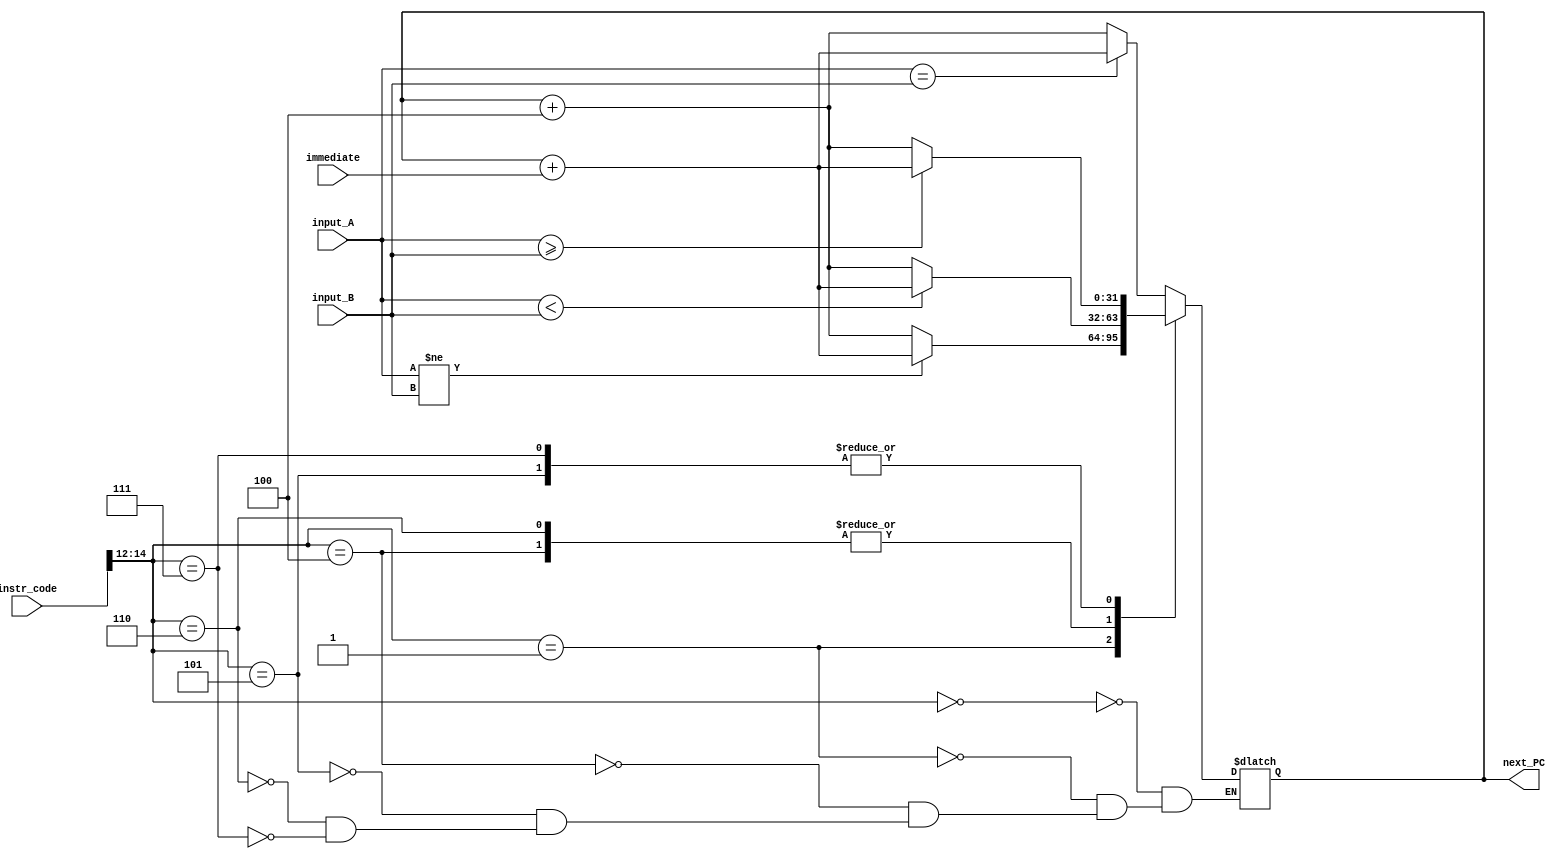
module ALU_B_type( input_A, input_B, instr_code, next_PC, immediate);

input [31:0] input_A,input_B,instr_code;
input [31:0] immediate;
output [31:0] next_PC;
reg [31:0]next_PC;
wire [31:0]temp_input_A, temp_input_B;
assign temp_input_A = input_A;
assign temp_input_B = input_B; 

always @(input_A or input_B or immediate or instr_code ) 
begin 
    case( instr_code[14:12]) 
        3'b000: next_PC = (input_A ==  input_B)?( next_PC + immediate ):(  next_PC + 4 );// beq
        3'b001: next_PC = (input_A !=  input_B)?( next_PC + immediate ):( next_PC + 4 );// bne
        3'b100: next_PC = (input_A < input_B)?( next_PC + immediate ):(next_PC + 4 );// ble
        3'b101: next_PC = (input_A >= input_B)?( next_PC + immediate ):(next_PC + 4 ); // bge
        3'b110: next_PC = (temp_input_A < temp_input_B)?( next_PC + immediate ):(next_PC + 4 );
        3'b111: next_PC = (input_A >= input_B)?( next_PC + immediate ):(next_PC + 4 );
    endcase
end
endmodule